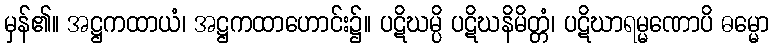
မှန်၏။ အဋ္ဌကထာယံ၊ အဋ္ဌကထာဟောင်း၌။ ပဋိဃမ္ပိ ပဋိဃနိမိတ္တံ၊ ပဋိဃာရမ္မဏောပိ ဓမ္မော